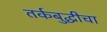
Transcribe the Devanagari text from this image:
तर्कबुद्धीचा